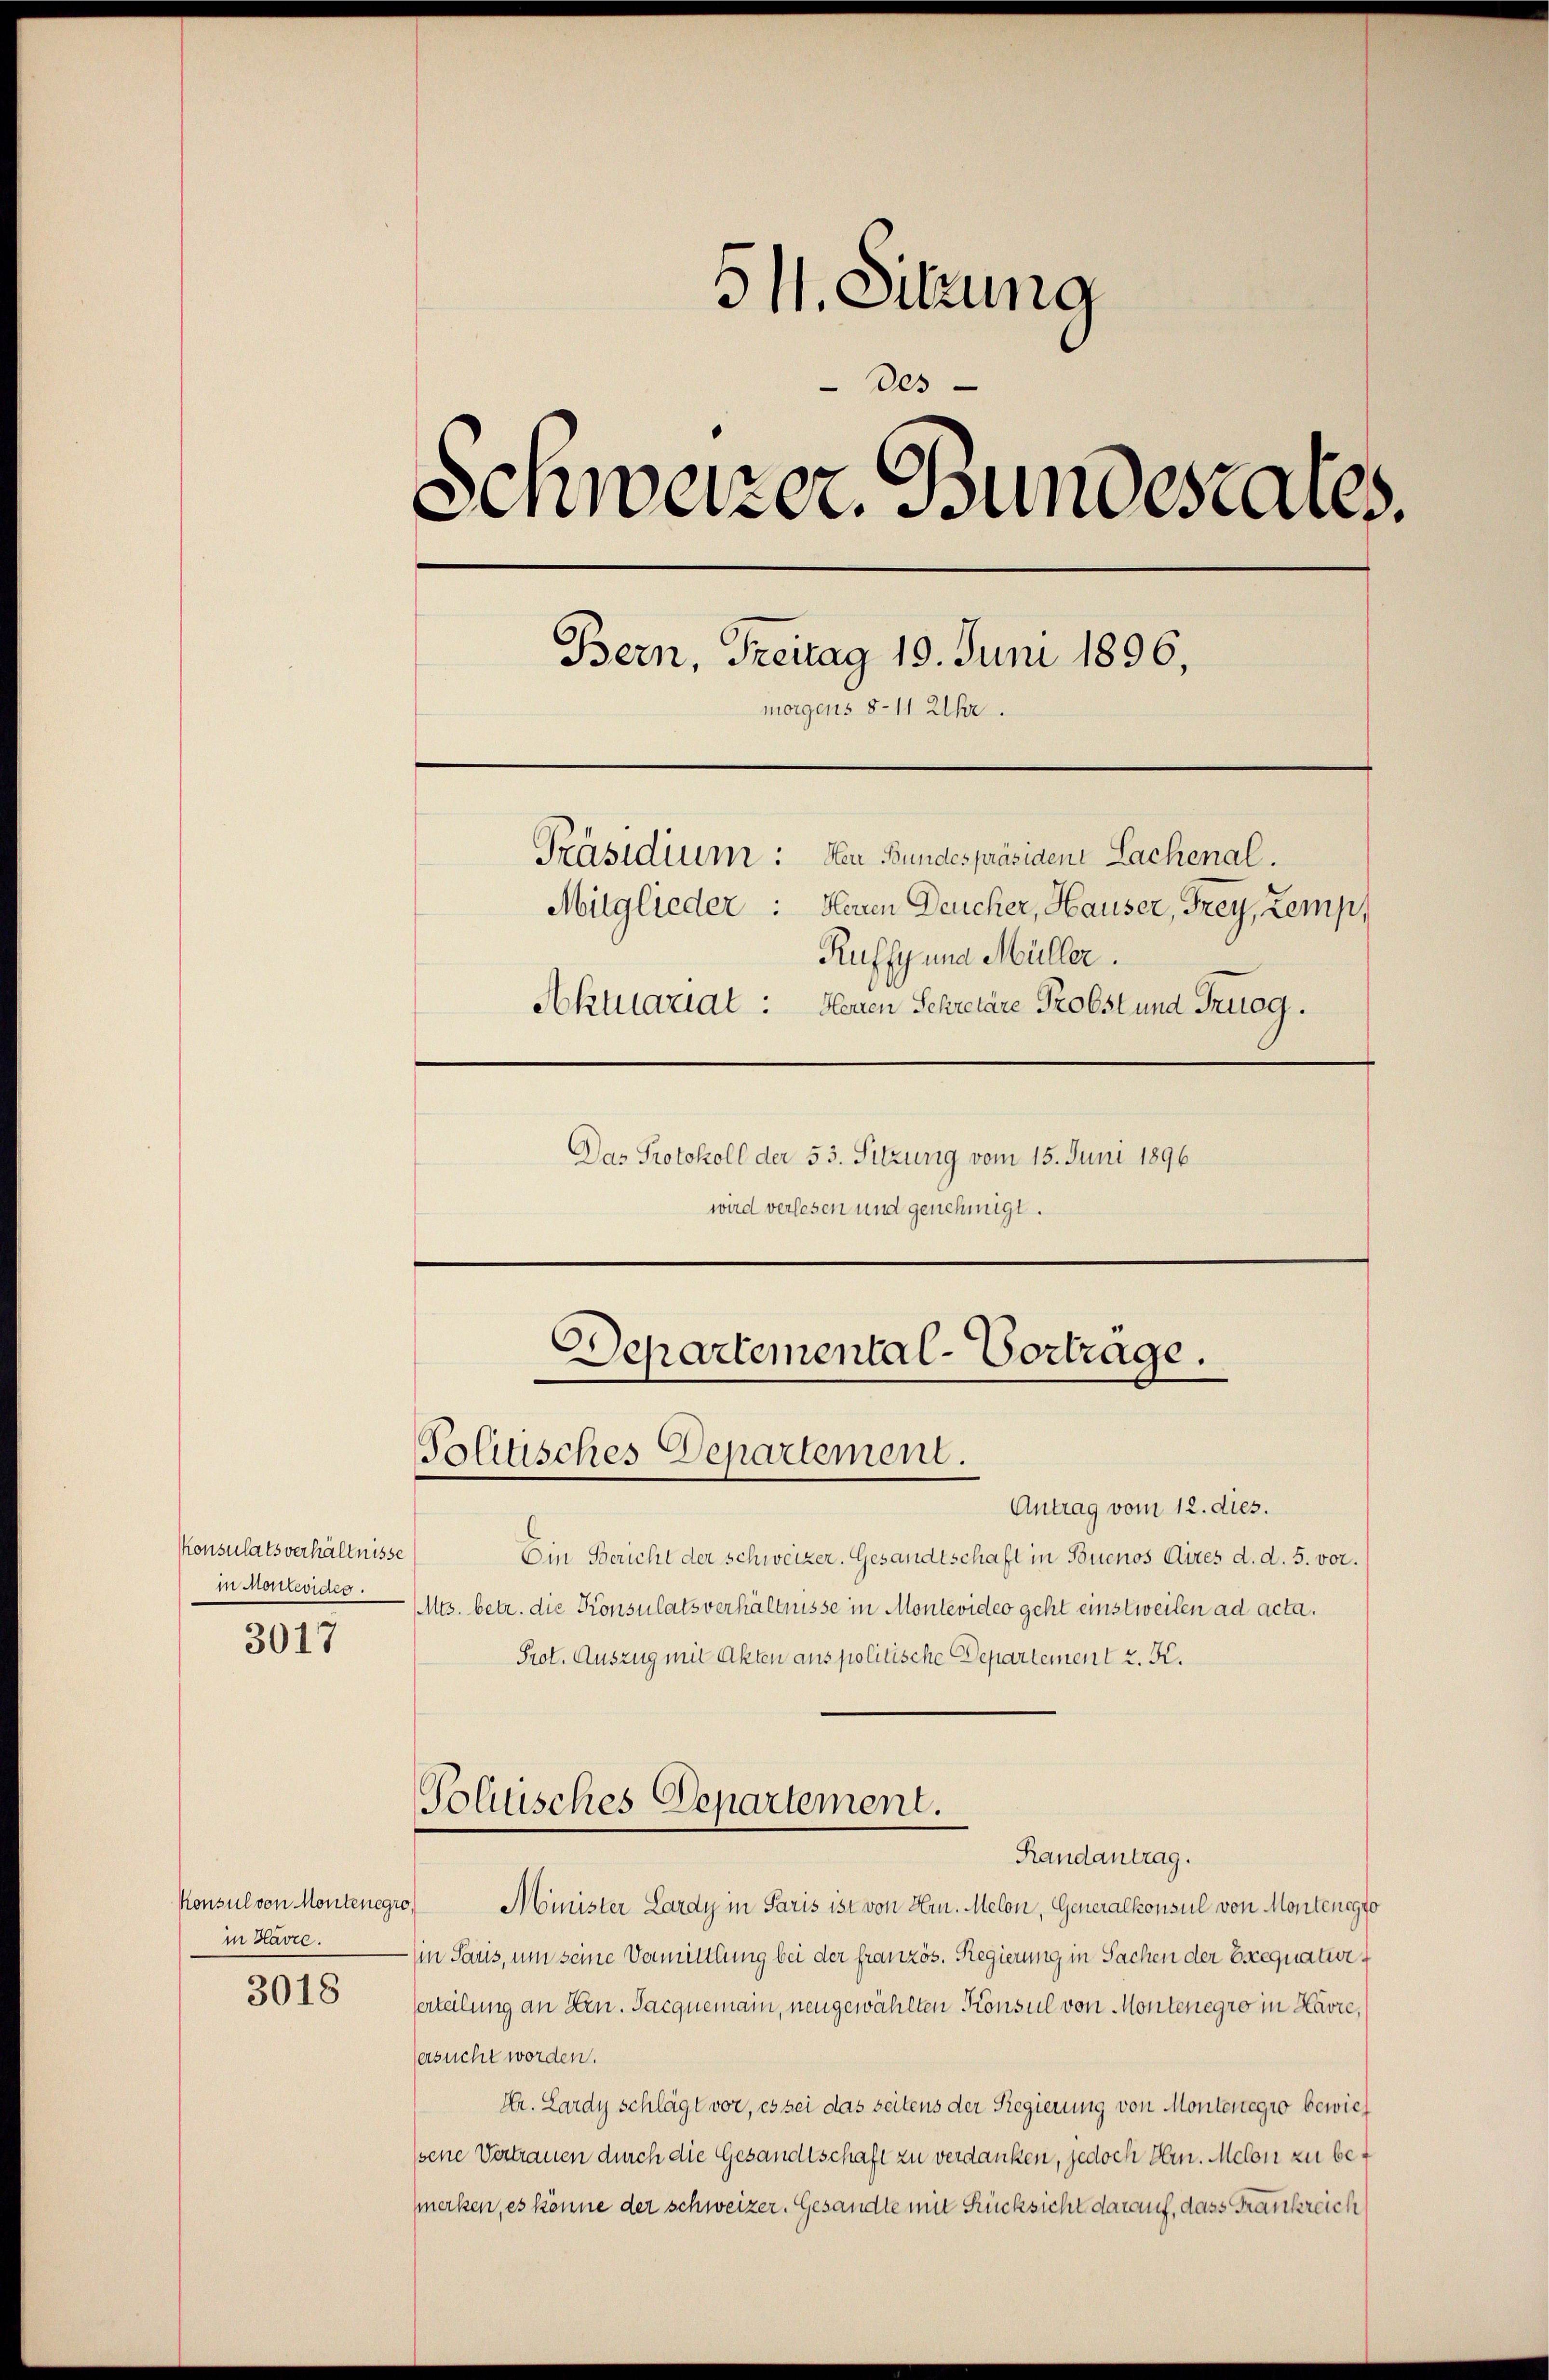
Konsulatsverhältnisse
in Monteviden.
3017

in Havre.

3018

511. Sitzung
des
Schweizer. Bundesrates.
Bern, Freitag 19. Juni 1896,
morgens 8. 11 Uhr.
Präsidium: den Bundespräsiden Sachenal.
Mitglieder: Neuen Deucher, Hauser, Frey, Zemp,
Kuffyund Müller.
Aktuariat: Neuen Schreiare Probst und Truog.
Das Protokoll der 53. Sitzung vom 15. Juni 1896
wird verlesen und genehmigt.

Antrag vom 12. dies.
Ein Bericht der Schweizer. Gesandtschaft in Buenos Aires d. d. 5. vor.
Mts. betr. die Konsulatsverhältnisse in Montevideo geht einstweilen ad acta.
Prot. Auszug mit Akten aus politische Departement z. K.
Politisches Departement.

Departemental-Vortrage.
Politisches Departement.

Randantrag.

Konsul von Montenegro) Minister Lardy in Paris ist von Hrn. Melon, Generalkonsul von Montenegio
(in Saris, um seine Vermittlung bei der französ. Regierung in Sachen der Exequatur
serteilung an Hrn. Sacqnemain, neugewählten Konsul von Montenegro in Havre,
tersucht worden.
Hr. Lardy schlägt vor, es sei das seitens der Regierung von Montenegio bewiessene Vertrauen durch die Gesandtschaft zu verdanken, jedoch Hrn. Melon zu befmerken, es könne der schweizer. Gesandte mit Rücksicht darauf, dass Frankreich